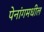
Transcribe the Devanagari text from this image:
पेनांगमधील